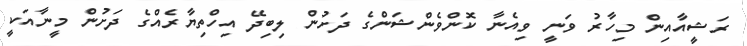
ރަޝީއާއިން މިހާރު ވަނީ ވިއެނާ ކޮންވެންޝަންގެ ދަށުން ލިބިދޭ އިހްތިޔާރެއްގެ ދަށުން މީނާއަކީ